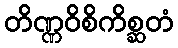
တိဏ္ဏဝိစိကိစ္ဆတံ